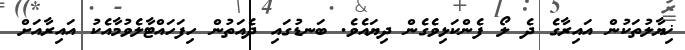
ޚިޔާލުތަކުން އައިރާގެ ދެ ލޯ ފެންކަޅިވެގެން ދިޔައެވެ. ބަނޑުގައި ދެއަތުން ހިފަހައްޓާލެވުމާއެކު އައިރާއަށް